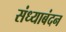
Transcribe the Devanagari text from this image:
संध्याबंदन